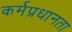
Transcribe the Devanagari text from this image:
कर्मप्रधानता